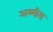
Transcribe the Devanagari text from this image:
अम्मीस